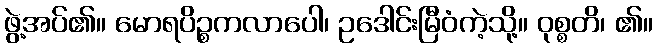
ဖွဲ့အပ်၏။ မောရပိဉ္စကလာပေါ၊ ဥဒေါင်းမြီဝံကဲ့သို့။ ဝုစ္စတိ၊ ၏။